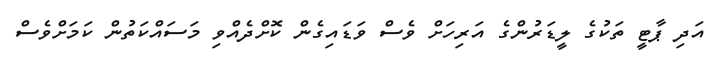
އަދި ޕާޓީ ތަކުގެ ލީޑަރުންގެ އަރިހަށް ވެސް ވަޑައިގެން ކޮށްދެއްވި މަސައްކަތުން ކަމަށްވެސް